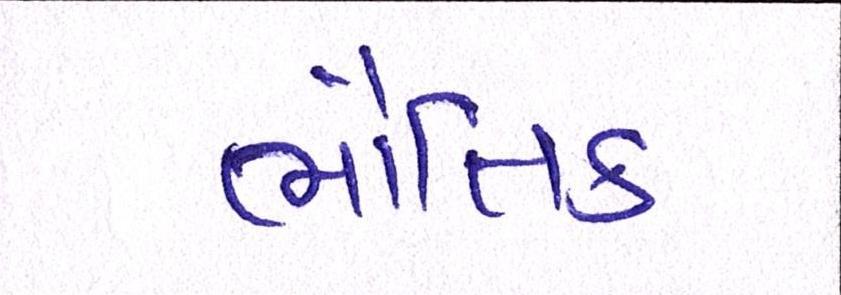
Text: ભૌતિક